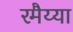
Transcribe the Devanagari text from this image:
रमैय्या